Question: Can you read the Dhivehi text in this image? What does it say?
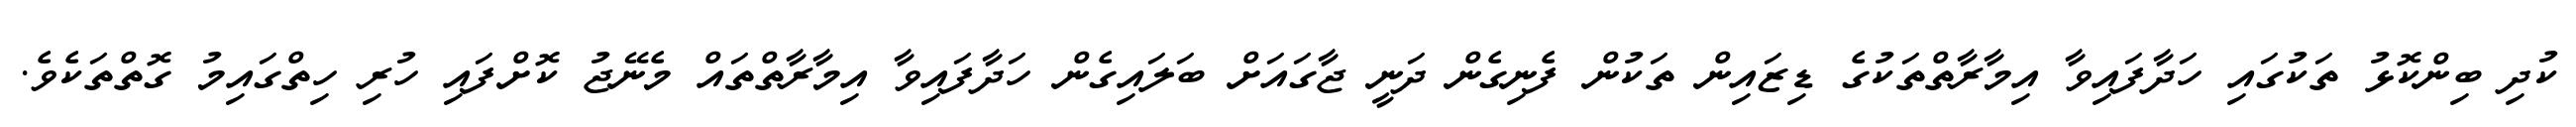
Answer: ކުދި ބިންކޮޅު ތަކުގައި ހަދާފައިވާ އިމާރާތްތަކުގެ ޑިޒައިން ތަކުން ފެނިގެން ދަނީ ޖާގައަށް ބަލައިގެން ހަދާފައިވާ އިމާރާތްތައް މެނޭޖު ކޮށްފައި ހުރި ހިތްގައިމު ގޮތްތަކެވެ.